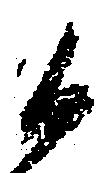
候